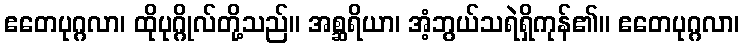
ဧတေပုဂ္ဂလာ၊ ထိုပုဂ္ဂိုလ်တို့သည်။ အစ္ဆရိယာ၊ အံ့ဘွယ်သရဲရှိကုန်၏။ ဧတေပုဂ္ဂလာ၊